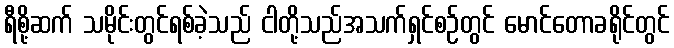
ရီစို့ဆက် သမိုင်းတွင်ရစ်ခဲ့သည် ငါတို့သည်အသက်ရှင်စဉ်တွင် မောင်တောခရိုင်တွင်